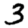
Digit: 3